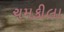
ચમકીલા